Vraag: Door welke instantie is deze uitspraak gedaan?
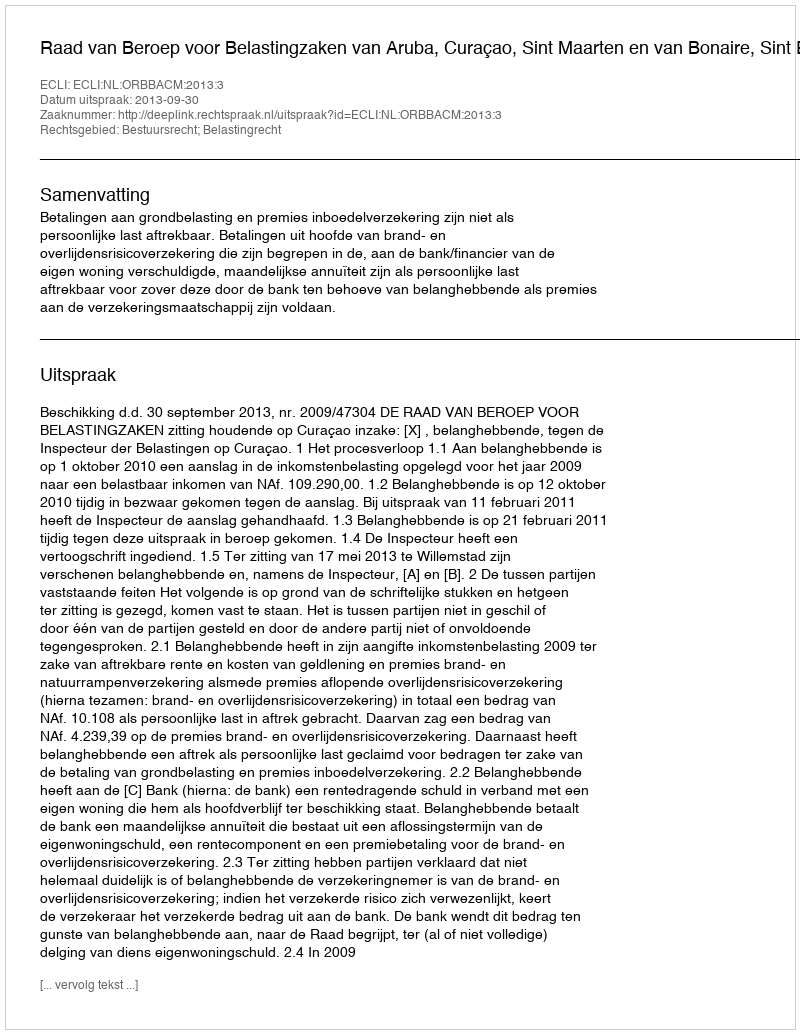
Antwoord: Raad van Beroep voor Belastingzaken van Aruba, Curaçao, Sint Maarten en van Bonaire, Sint Eustatius en Saba